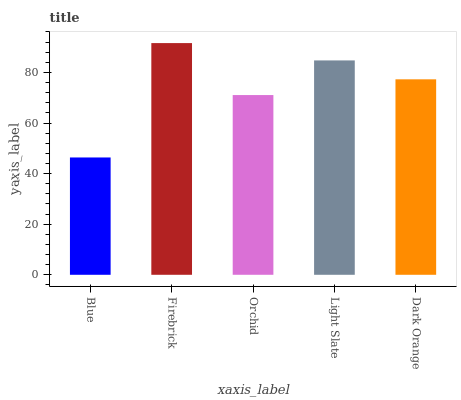
| xaxis_label | bars |
 | --- | --- |
 | Blue | 46.4 |
 | Firebrick | 91.6 |
 | Orchid | 71.1 |
 | Light Slate | 84.8 |
 | Dark Orange | 77.3 |